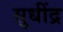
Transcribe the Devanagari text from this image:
सुधींद्र